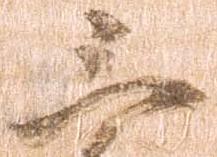
三